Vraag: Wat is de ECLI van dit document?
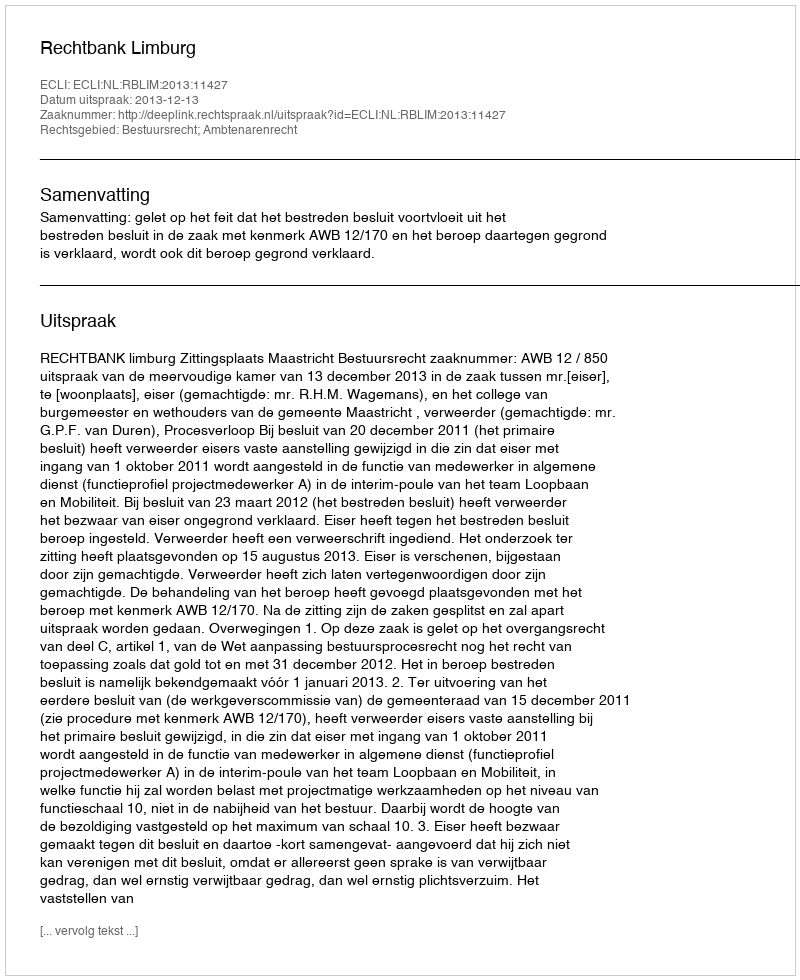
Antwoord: ECLI:NL:RBLIM:2013:11427